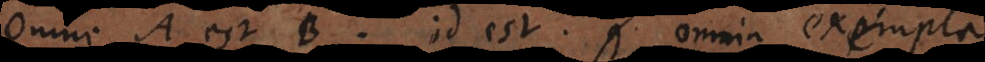
Omne A est B, id est, omnia exempla